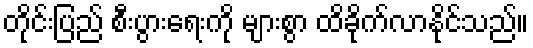
တိုင်းပြည် စီးပွားရေးကို များစွာ ထိခိုက်လာနိုင်သည်။